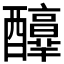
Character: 𨣶